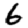
Digit: 6